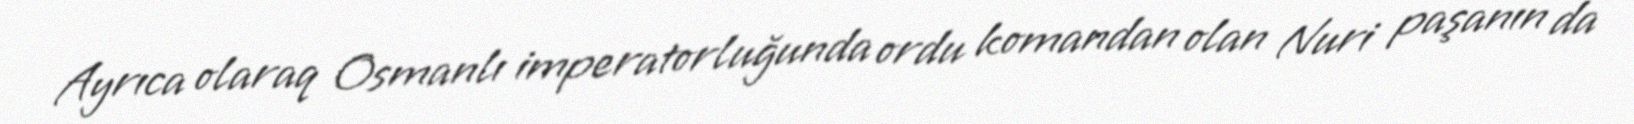
Ayrıca olaraq Osmanlı imperatorluğunda ordu komandan olan Nuri paşanın da